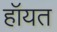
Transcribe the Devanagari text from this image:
हॉयत